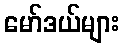
မော်ဒယ်များ